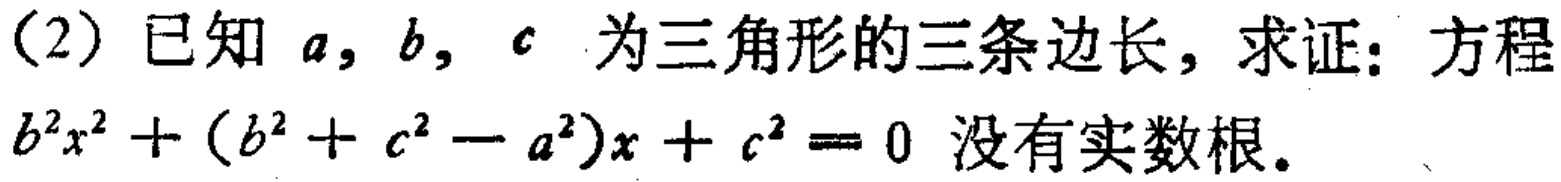
(2) 已知 \(a,b,c\) 为三角形的三条边长，求证：方程 \(b^{2}x^{2}+(b^{2}+c^{2}-a^{2})x + c^{2}=0\) 没有实数根。